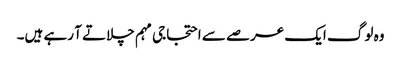
وہ لوگ ایک عرصے سے احتجاجی مہم چلاتے آ رہے ہیں۔